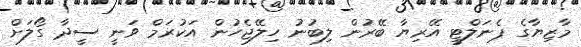
މާޒިޔާގެ ޕެނަލްޓީ އޭރިޔާ ބޭރުން ލިބުނު ހިލޭޖެހުން އަކުރަމް ވަނީ ސީދާ ގޯލަށް